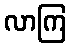
လာကြ